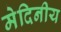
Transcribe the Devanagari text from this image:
मेदिनीय